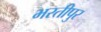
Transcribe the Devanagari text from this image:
भरतीपुर